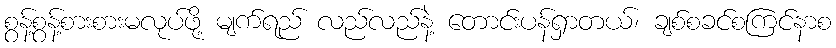
စွန့်စွန့်စားစားမလုပ်ဖို့ မျက်ရည် လည်လည်နဲ့ တောင်းပန်ရှာတယ်၊ ချစ်စခင်စကြင်နာစ